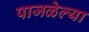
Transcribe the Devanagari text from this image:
पाजळेल्या